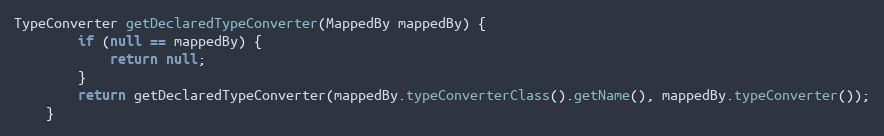
Language: Java
TypeConverter getDeclaredTypeConverter(MappedBy mappedBy) {
        if (null == mappedBy) {
            return null;
        }
        return getDeclaredTypeConverter(mappedBy.typeConverterClass().getName(), mappedBy.typeConverter());
    }